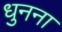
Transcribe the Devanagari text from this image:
धुनना